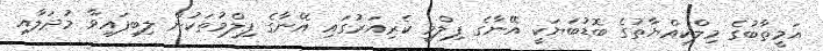
އަމީތާބުގެ މިލްކިއްޔާތުގެ ބޮޑުބަޔަކީ އޭނާގެ ފިލްމީ ކެރިއަރުގައި އޭނާގެ ފިލްމުތަކުން ލިބިފައިވާ މުދަލާއި